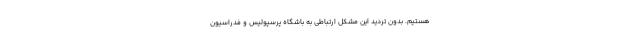
هستیم. بدون تردید این مشکل ارتباطی به باشگاه پرسپولیس و فدراسیون